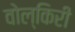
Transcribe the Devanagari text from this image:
वोल्किरी